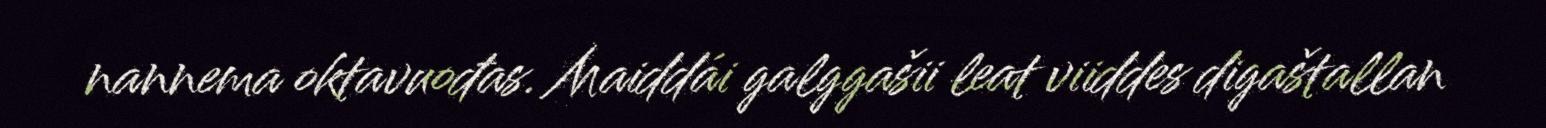
nannema oktavuođas. Maiddái galggašii leat viiddes digaštallan